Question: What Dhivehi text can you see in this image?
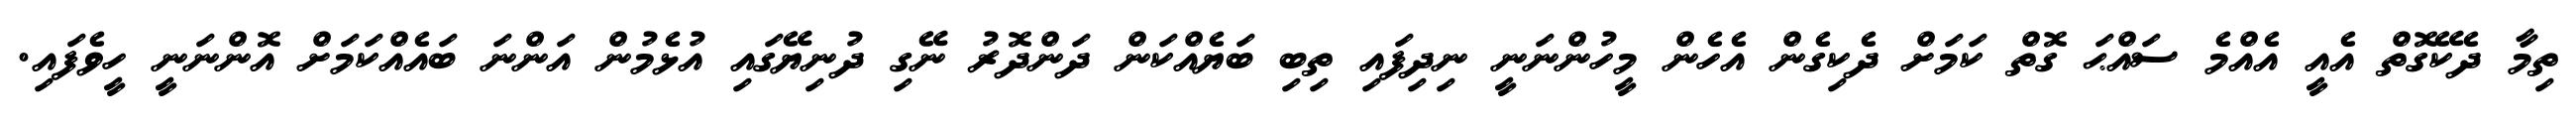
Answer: ތިމާ ދެކޭގޮތް އެއީ އެއްމެ ސައްޙަ ގޮތް ކަމަށް ދެކިގެން އެހެން މީހުންނަނީ ނިދިފައި ތިބި ބަޔެއްކަން ދަންދޮރު ނޭގި ދުނިޔޭގައި އުޅެމުން އަންނަ ބައެއްކަމަށް އޮންނަނީ ހީވެފައި.